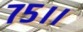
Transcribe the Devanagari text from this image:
७५।।